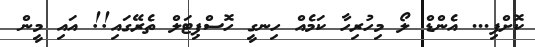
ކޮށްފި... އެންޑް ލޯ މިހުރިހާ ކަމެއް ހިނގީ ހޮސްޕިޓަލް ތެރޭގައި!! އައި މީން